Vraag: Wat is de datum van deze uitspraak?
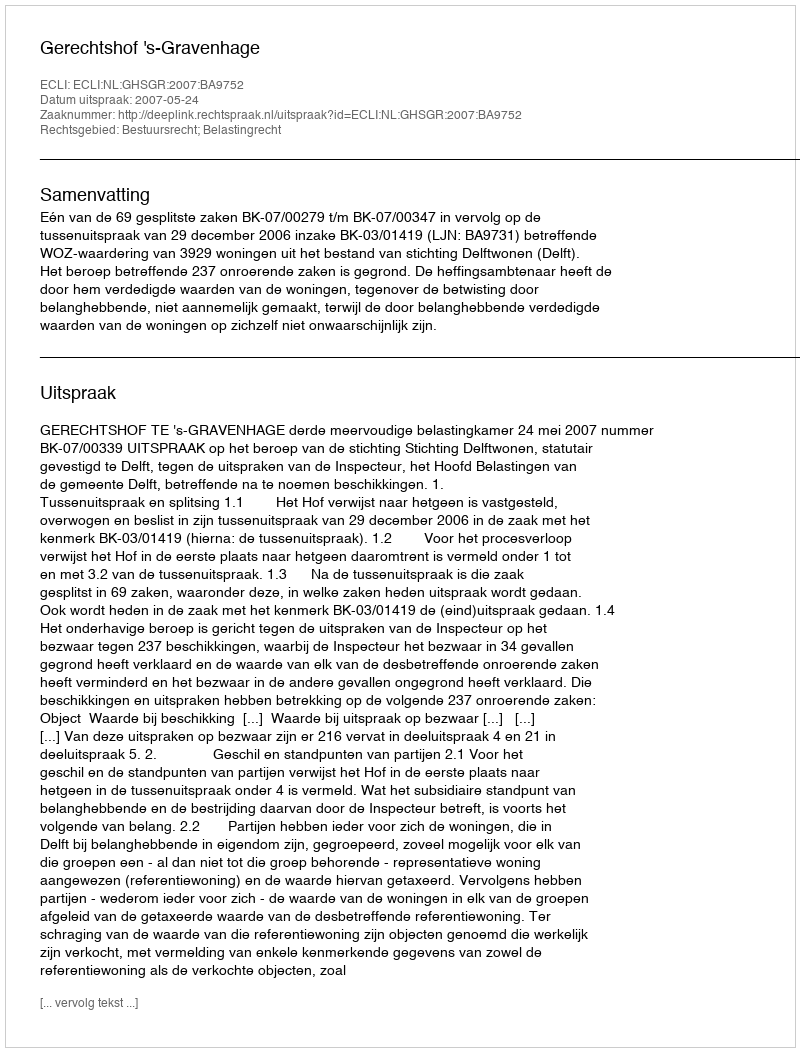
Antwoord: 2007-05-24